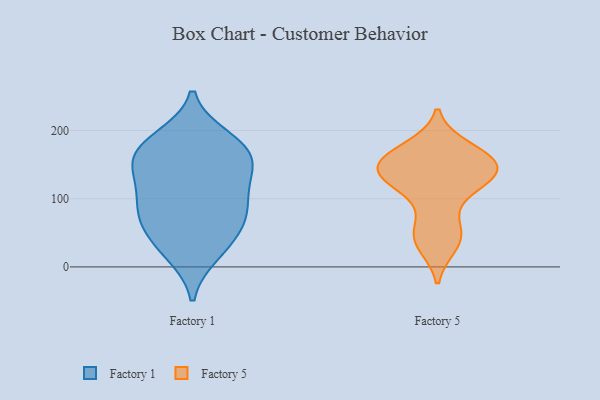
{"axis": {"x": "Website Visitors", "y": "Value"}, "legend": ["Factory 1", "Factory 5"], "data": [{"x": "", "y": 154, "type": "Factory 1"}, {"x": "", "y": 172, "type": "Factory 1"}, {"x": "", "y": 144, "type": "Factory 1"}, {"x": "", "y": 28, "type": "Factory 1"}, {"x": "", "y": 177, "type": "Factory 1"}, {"x": "", "y": 171, "type": "Factory 1"}, {"x": "", "y": 72, "type": "Factory 1"}, {"x": "", "y": 126, "type": "Factory 1"}, {"x": "", "y": 88, "type": "Factory 1"}, {"x": "", "y": 188, "type": "Factory 1"}, {"x": "", "y": 124, "type": "Factory 1"}, {"x": "", "y": 20, "type": "Factory 1"}, {"x": "", "y": 48, "type": "Factory 1"}, {"x": "", "y": 85, "type": "Factory 1"}, {"x": "", "y": 76, "type": "Factory 1"}, {"x": "", "y": 167, "type": "Factory 5"}, {"x": "", "y": 135, "type": "Factory 5"}, {"x": "", "y": 156, "type": "Factory 5"}, {"x": "", "y": 137, "type": "Factory 5"}, {"x": "", "y": 173, "type": "Factory 5"}, {"x": "", "y": 162, "type": "Factory 5"}, {"x": "", "y": 149, "type": "Factory 5"}, {"x": "", "y": 41, "type": "Factory 5"}, {"x": "", "y": 136, "type": "Factory 5"}, {"x": "", "y": 108, "type": "Factory 5"}, {"x": "", "y": 148, "type": "Factory 5"}, {"x": "", "y": 138, "type": "Factory 5"}, {"x": "", "y": 34, "type": "Factory 5"}, {"x": "", "y": 46, "type": "Factory 5"}, {"x": "", "y": 57, "type": "Factory 5"}, {"x": "", "y": 120, "type": "Factory 5"}]}